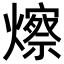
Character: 𪹾